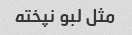
مثل لبو نپخته